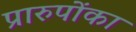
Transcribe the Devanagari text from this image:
प्रारुपोंका